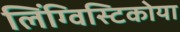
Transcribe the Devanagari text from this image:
लिंग्विस्टिकोया